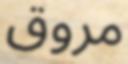
مروق